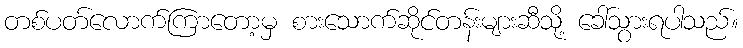
တစ်ပတ်လောက်ကြာတော့မှ စားသောက်ဆိုင်တန်းများဆီသို့ ခေါ်သွားရပါသည်။